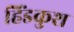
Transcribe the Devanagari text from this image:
हिंडकुश